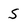
Character: S